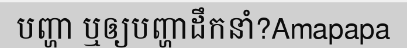
បញ្ហា ឬឲ្យបញ្ហាដឹកនាំ?Amapapa